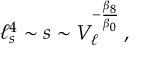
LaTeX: \ell _ { s } ^ { 4 } \sim s \sim V _ { \ell } ^ { - { \frac { \beta _ { 8 } } { \beta _ { 0 } } } } \, ,